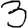
Digit: 3